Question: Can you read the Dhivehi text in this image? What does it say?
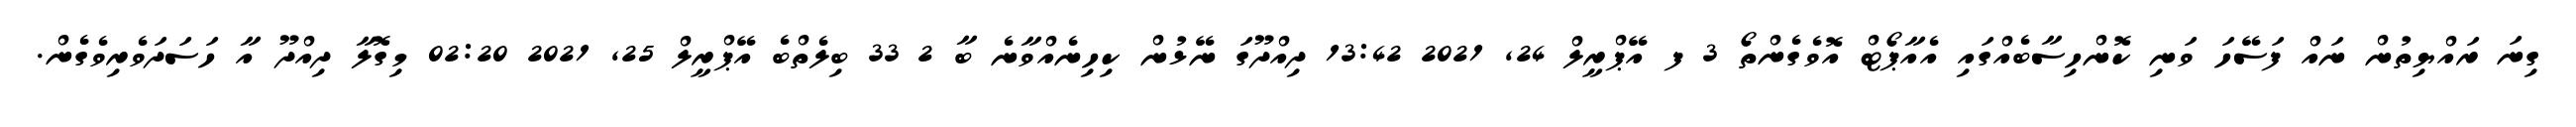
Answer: ގިނަ ރައްޔިތުން ނައް ފަސޭހަ ވަނި ކޮންހިސާބެއްގައި އެއާޕޯޓް އޮވެގެންތޯ 3 ފ އޭޕްރީލް 24, 2021 13:42 ދިއްދޫގަ ނޭޅުން ކިހިނެއްވާނެ ބާ 2 33 ބިލެތްބެ އޭޕްރީލް 25, 2021 02:20 މިގޮލާ ދިއްދޫ އާ ހަސަދަވެރިވެގެން.